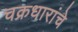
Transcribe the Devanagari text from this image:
चक्रधारांचे